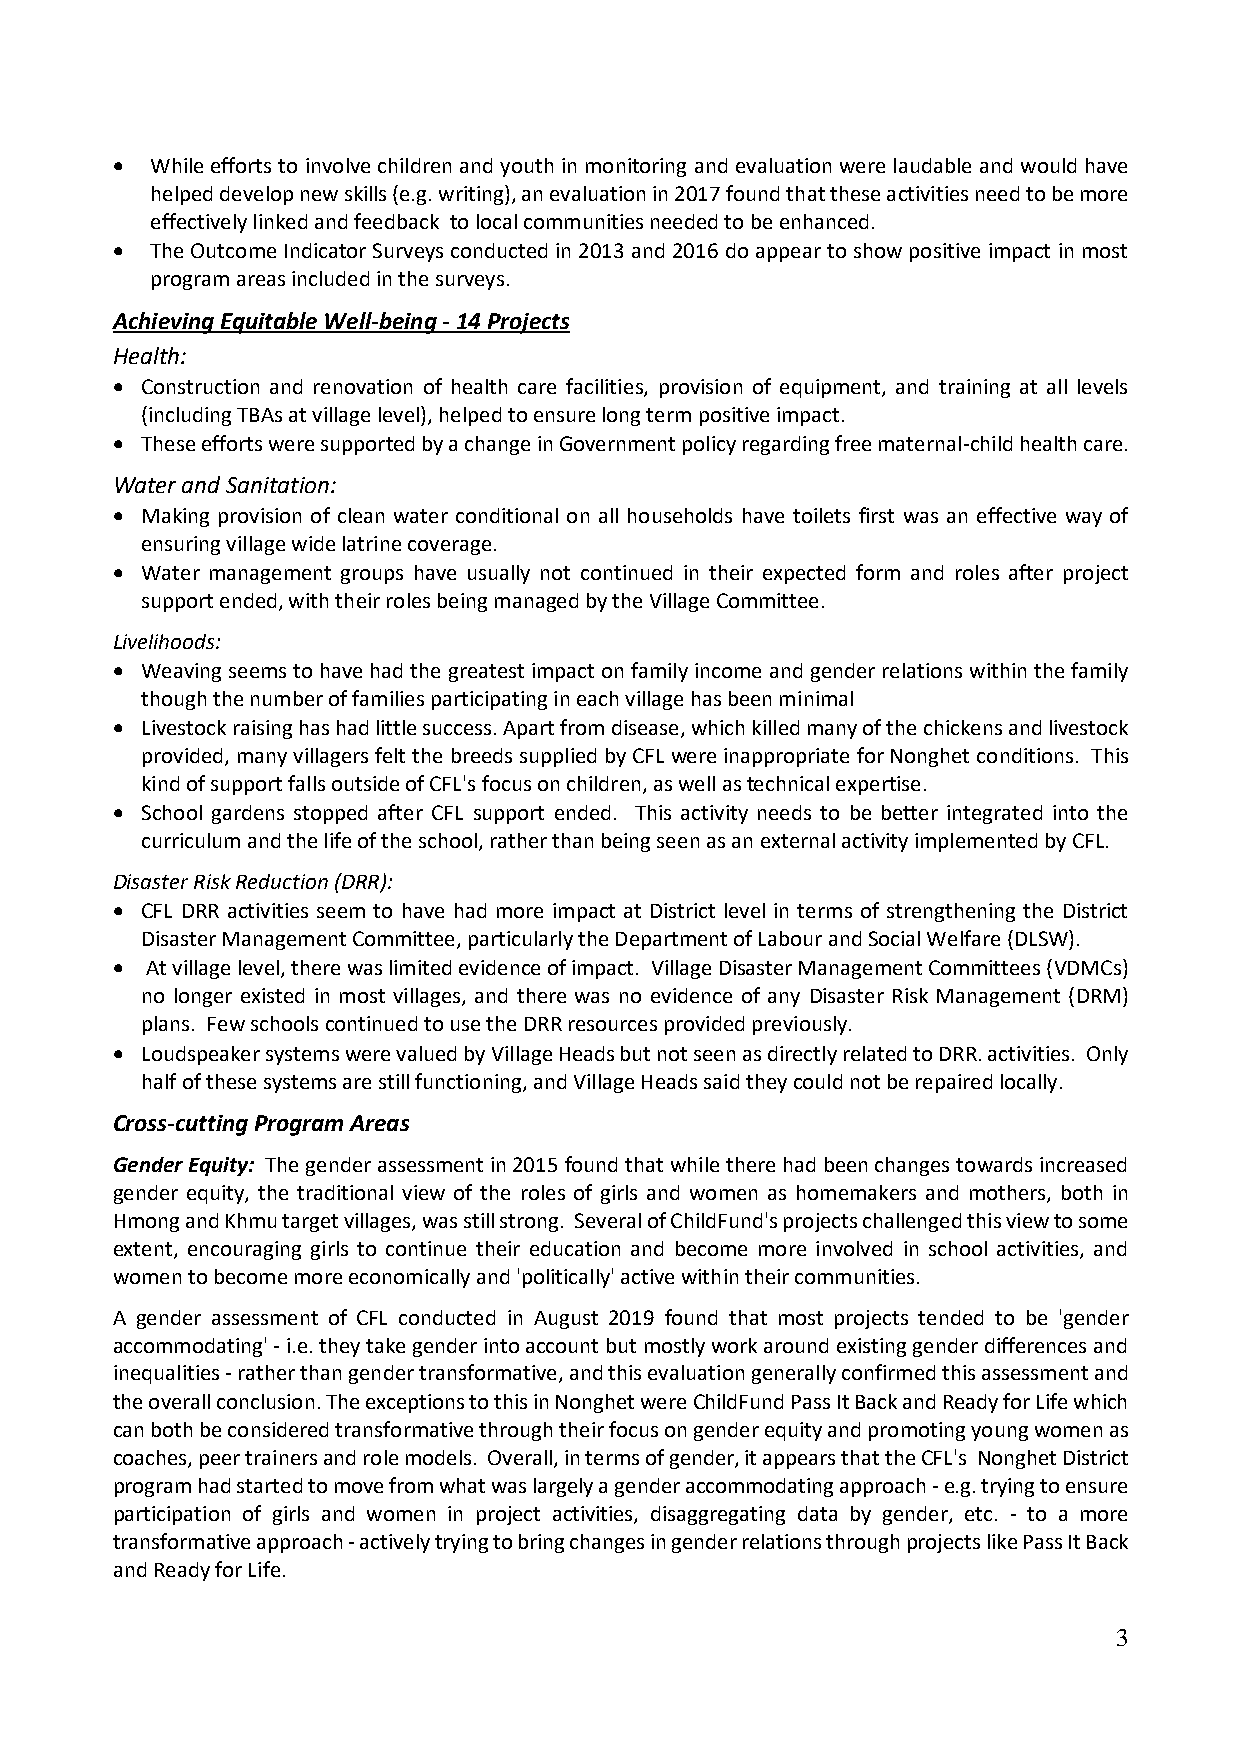
•  While efforts to involve children and youth in monitoring and evaluation were laudable and would have
 helped develop new skills (e.g. writing), an evaluation in 2017 found that these activities need to be more
 effectively linked and feedback to local communities needed to be enhanced.
 •  The Outcome Indicator Surveys conducted in 2013 and 2016 do appear to show positive impact in most
 program areas included in the surveys.
 Achieving Equitable Well-being - 14 Projects
 Health:
 • Construction and renovation of health care facilities, provision of equipment, and training at all levels
 (including TBAs at village level), helped to ensure long term positive impact.
 • These efforts were supported by a change in Government policy regarding free maternal-child health care.
 Water and Sanitation:
 • Making provision of clean water conditional on all households have toilets first was an effective way of
 ensuring village wide latrine coverage.
 • Water management groups have usually not continued in their expected form and roles after project
 support ended, with their roles being managed by the Village Committee.
 Livelihoods:
 • Weaving seems to have had the greatest impact on family income and gender relations within the family
 though the number of families participating in each village has been minimal
 • Livestock raising has had little success. Apart from disease, which killed many of the chickens and livestock
 provided, many villagers felt the breeds supplied by CFL were inappropriate for Nonghet conditions. This
 kind of support falls outside of CFL's focus on children, as well as technical expertise.
 • School gardens stopped after CFL support ended. This activity needs to be better integrated into the
 curriculum and the life of the school, rather than being seen as an external activity implemented by CFL.
 Disaster Risk Reduction (DRR):
 • CFL DRR activities seem to have had more impact at District level in terms of strengthening the District
 Disaster Management Committee, particularly the Department of Labour and Social Welfare (DLSW).
 •  At village level, there was limited evidence of impact. Village Disaster Management Committees (VDMCs)
 no longer existed in most villages, and there was no evidence of any Disaster Risk Management (DRM)
 plans. Few schools continued to use the DRR resources provided previously.
 • Loudspeaker systems were valued by Village Heads but not seen as directly related to DRR. activities. Only
 half of these systems are still functioning, and Village Heads said they could not be repaired locally.
 Cross-cutting Program Areas
 Gender Equity: The gender assessment in 2015 found that while there had been changes towards increased
 gender equity, the traditional view of the roles of girls and women as homemakers and mothers, both in
 Hmong and Khmu target villages, was still strong. Several of ChildFund's projects challenged this view to some
 extent, encouraging girls to continue their education and become more involved in school activities, and
 women to become more economically and 'politically' active within their communities.
 A gender assessment of CFL conducted in August 2019 found that most projects tended to be 'gender
 accommodating' - i.e. they take gender into account but mostly work around existing gender differences and
 inequalities - rather than gender transformative, and this evaluation generally confirmed this assessment and
 the overall conclusion. The exceptions to this in Nonghet were ChildFund Pass It Back and Ready for Life which
 can both be considered transformative through their focus on gender equity and promoting young women as
 coaches, peer trainers and role models. Overall, in terms of gender, it appears that the CFL's Nonghet District
 program had started to move from what was largely a gender accommodating approach - e.g. trying to ensure
 participation of girls and women in project activities, disaggregating data by gender, etc. - to a more
 transformative approach - actively trying to bring changes in gender relations through projects like Pass It Back
 and Ready for Life.
 3